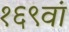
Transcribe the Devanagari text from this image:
१६९वां